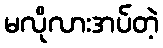
မလိုလားအပ်တဲ့